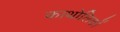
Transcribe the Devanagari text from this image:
काथोलिकों